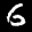
Label: 6